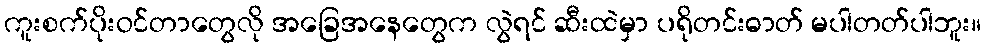
ကူးစက်ပိုးဝင်တာတွေလို အခြေအနေတွေက လွဲရင် ဆီးထဲမှာ ပရိုတင်းဓာတ် မပါတတ်ပါဘူး။